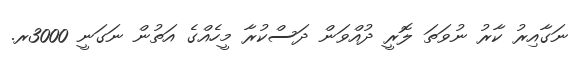
ނަގާއިރު ކާރު ނުވަތަ ލޮރީ ދުއްވަން ދަސްކުރާ މީހެއްގެ އަތުން ނަގަނީ 3000ރ.